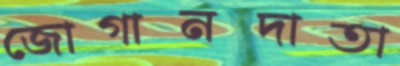
জোগানদাতা